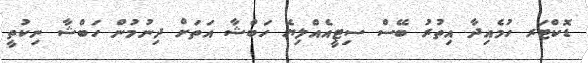
ޑޮކްޓަރ ހުމެއިދާ އިތުރު ބޭސް ސިޓީއެއްލިޔެ ހަބްޝާ އަތަށް ދިނުުމުން ހަބްޝާ ނިކުތީ